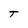
Character: t